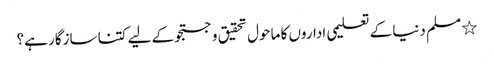
٭ مسلم دنیا کے تعلیمی اداروں کا ماحول تحقیق و جستجو کے لیے کتنا سازگار ہے؟